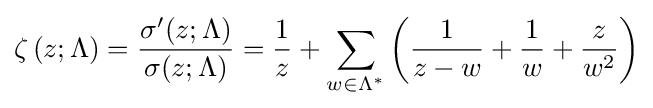
\operatorname {\zeta } {(z;\Lambda )}={\frac {\sigma '(z;\Lambda )}{\sigma (z;\Lambda )}}={\frac {1}{z}}+\sum _{w\in \Lambda ^{*}}\left({\frac {1}{z-w}}+{\frac {1}{w}}+{\frac {z}{w^{2}}}\right)